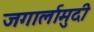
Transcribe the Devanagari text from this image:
जगार्लामुदी